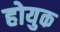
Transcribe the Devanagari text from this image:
होयुक